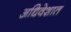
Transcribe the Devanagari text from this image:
अधिवेशात